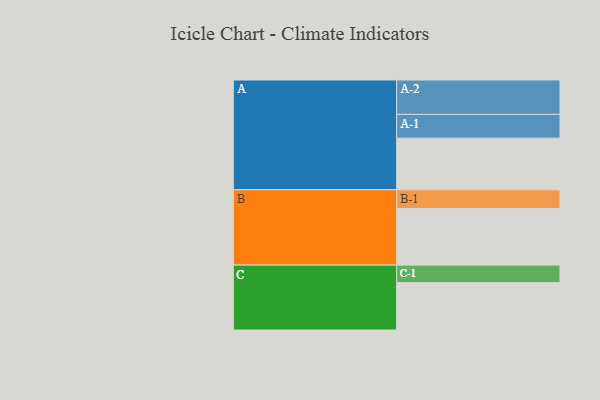
{"axis": {"x": "Segment", "y": "Value"}, "legend": ["", "A", "B", "C"], "data": [{"x": "A", "y": 384, "type": ""}, {"x": "B", "y": 421, "type": ""}, {"x": "C", "y": 353, "type": ""}, {"x": "A-1", "y": 177, "type": "A"}, {"x": "A-2", "y": 256, "type": "A"}, {"x": "B-1", "y": 140, "type": "B"}, {"x": "C-1", "y": 130, "type": "C"}]}